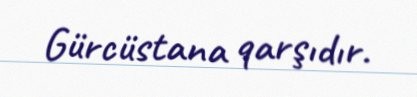
Gürcüstana qarşıdır.